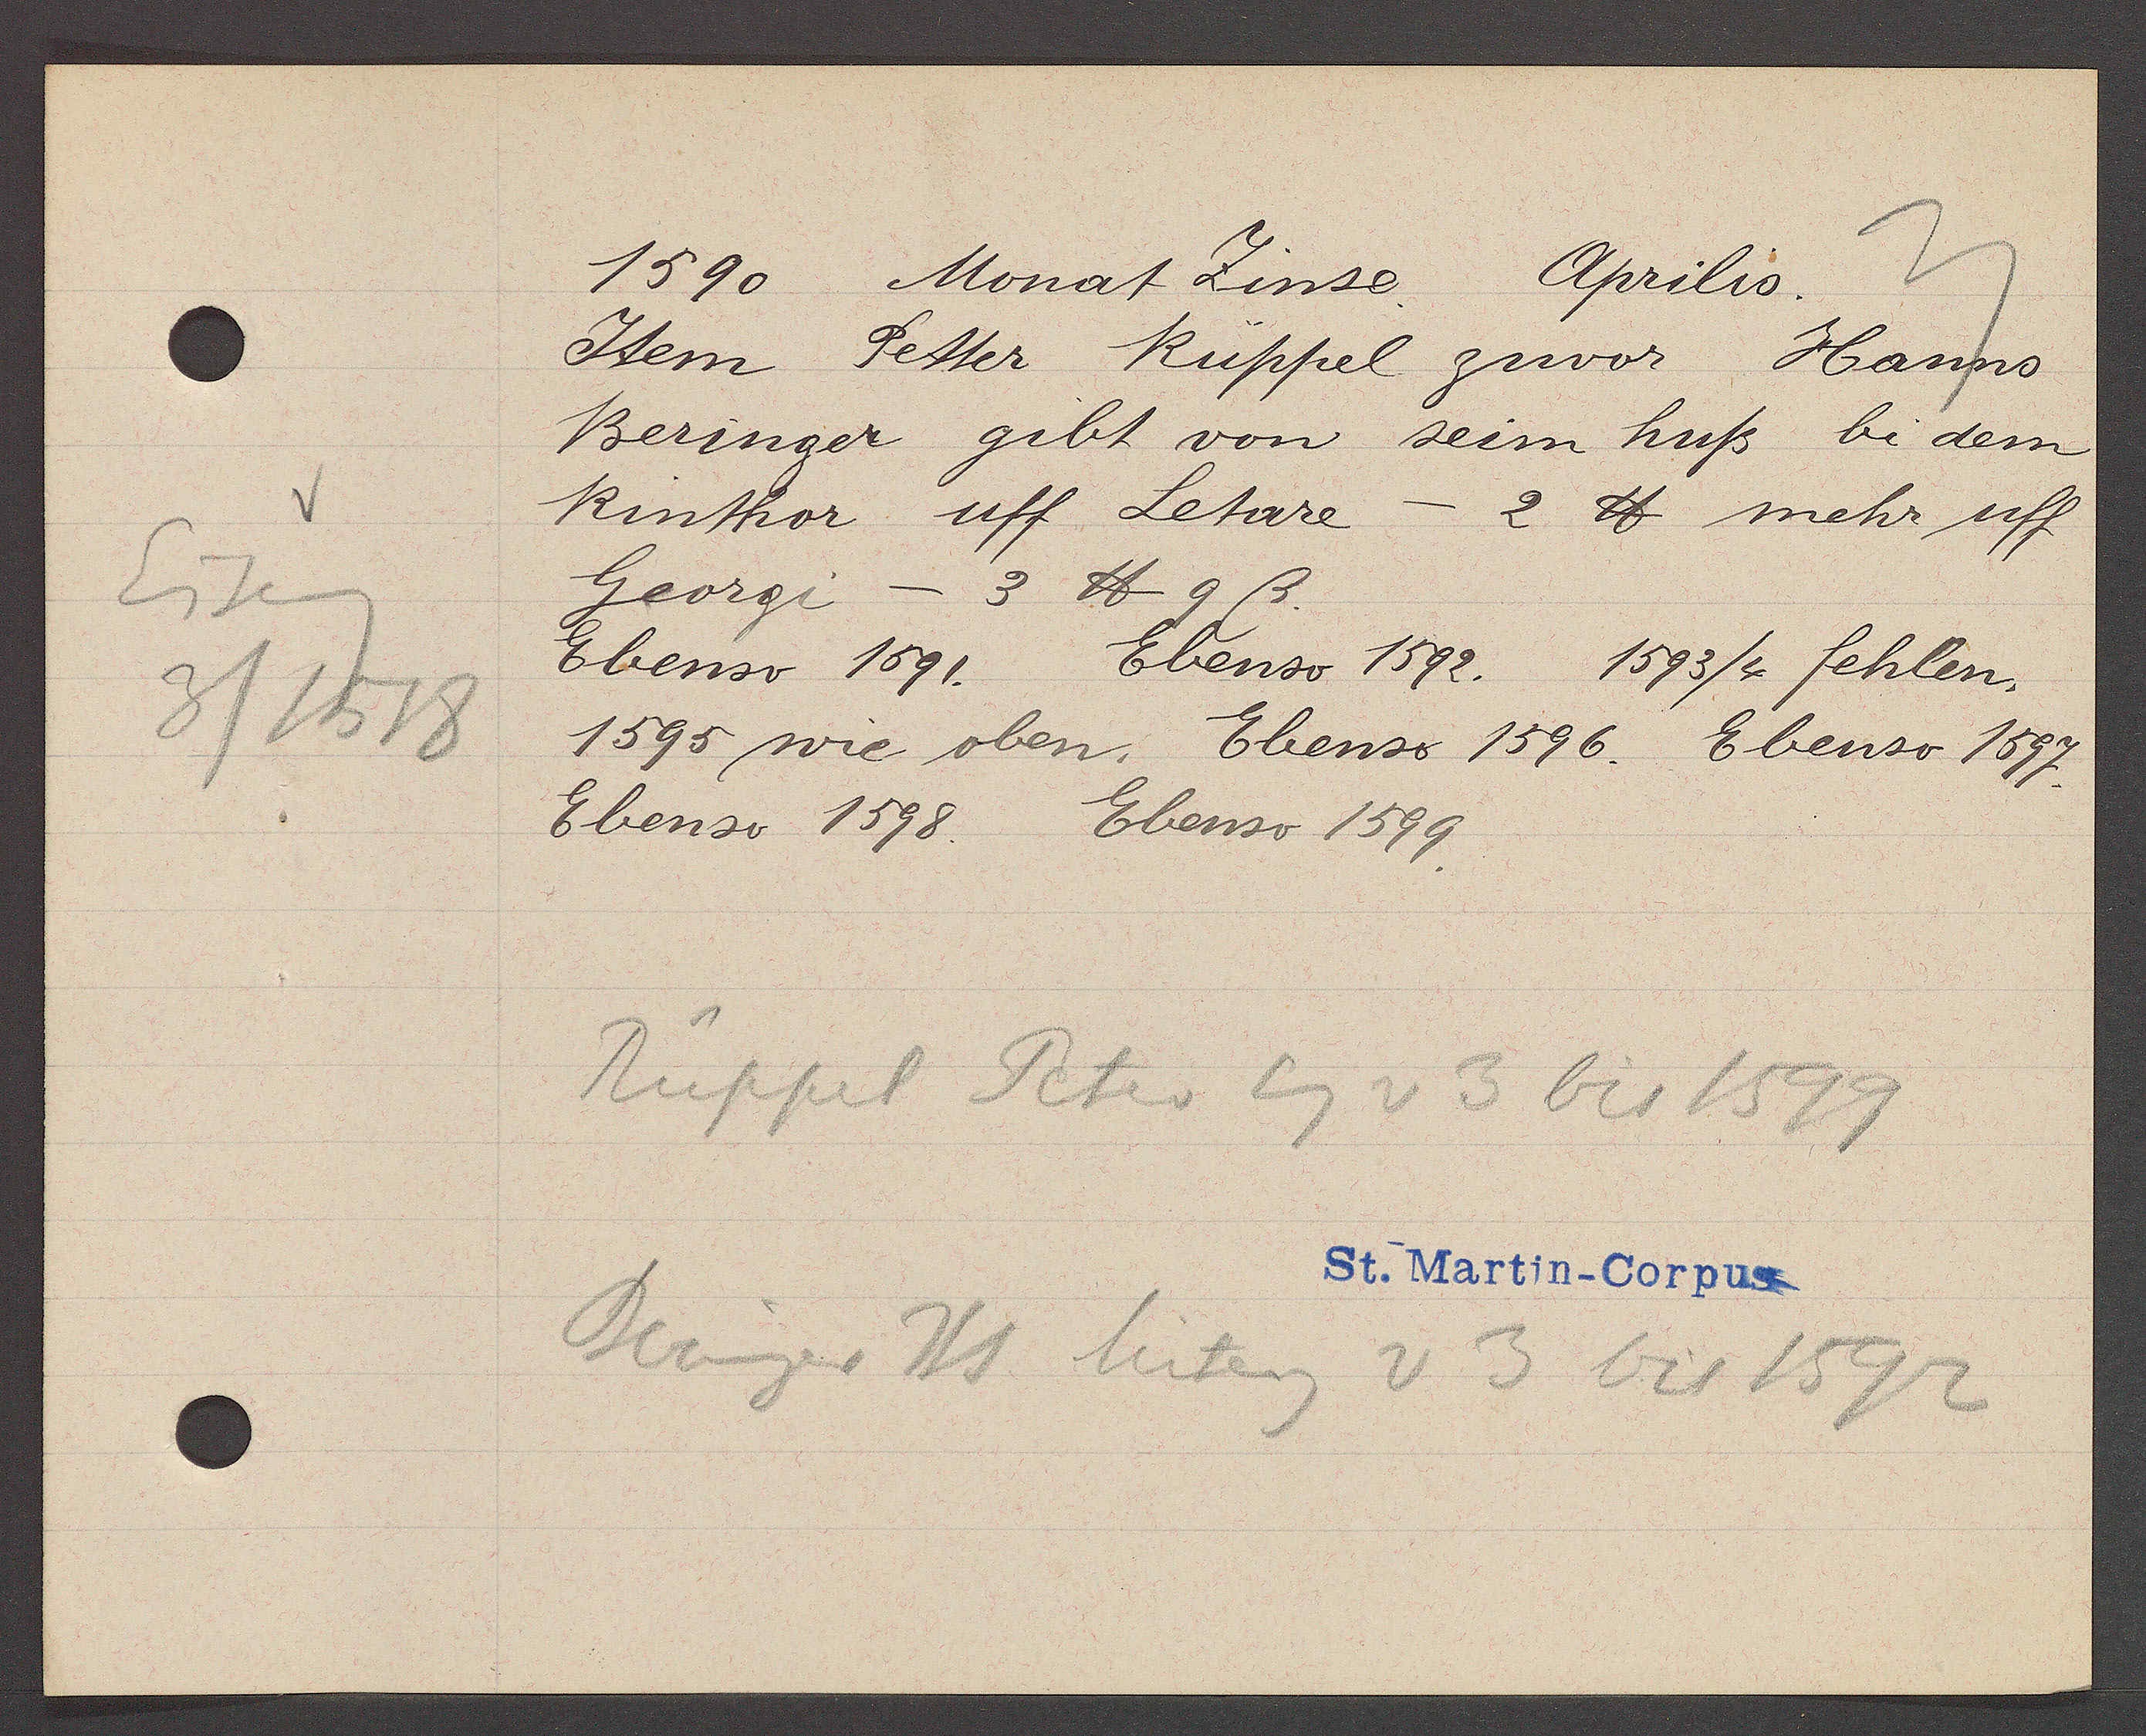
Transcript:
Eiseng
3/1518

1590 Monat Zinse.
Aprilis.

Idem Petter Rüppel zuvor Hanns
Beringer gibt von seim huß bi dem
Rinthor uff Letare — 2 ℔ mehr uff
Georgi — 3 ℔ 9 ß.
Ebenso 1591. Ebenso 1592. 1593/4 fehlen.
1595 wie oben. Ebenso 1596. Ebenso 1597.
Ebenso 1598. Ebenso 1599.

Rüppel Peter
Eg v 3 bis 1599

St. Martin-Corpus

Beringer Hs hiteig v 3 bis 1592